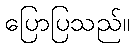
ပြောပြသည်။